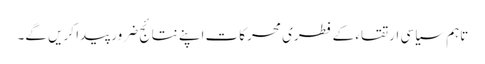
تاہم سیاسی ارتقاء کے فطری محرکات اپنے نتائج ضرور پیدا کریں گے۔